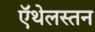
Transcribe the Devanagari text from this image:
ऍथेलस्तन